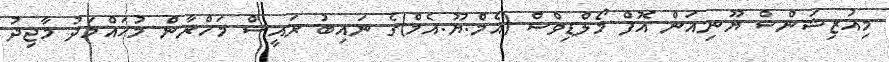
މިއުޒިޝަންސް ޔޫނިއަން އޮފް މޯލްޑިވްސް (އެމް.ޔޫ.އެމް)ގެ ނައިބު ރައީސް މަހްރާން މުހައްމަދު މާޖިދު